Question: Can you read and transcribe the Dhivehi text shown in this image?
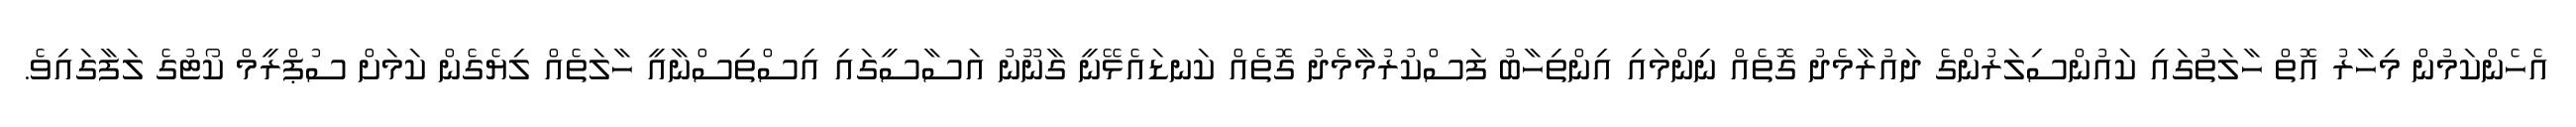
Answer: އެހެންކަމުން މިހާރު އޮތް ހާލަތުގައި ކައުންސިލަރުންގެ ދައުރާމެދު ގޮތެއް ނިންމައި އިންތިހާބު ފަސްކުރުމާމެދު ގޮތެއް ކަނޑައެޅޭނީ ގާނޫނު އަސާސީގައި އިސްތިސްނާއީ ހާލަތެއް ލިޔެގެން ކަމަށް ސުޕްރީމް ކޯޓުގެ ލަފާގައިވެ.